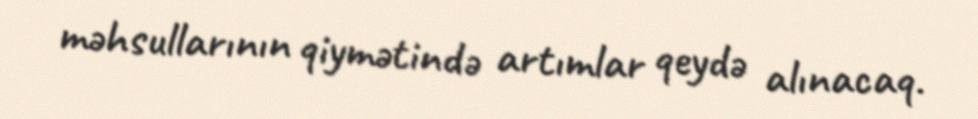
məhsullarının qiymətində artımlar qeydə alınacaq.